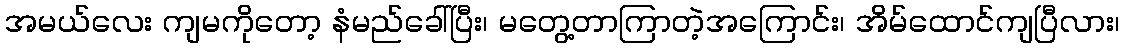
အမယ်လေး ကျမကိုတော့ နံမည်ခေါ်ပြီး၊ မတွေ့တာကြာတဲ့အကြောင်း၊ အိမ်ထောင်ကျပြီလား၊